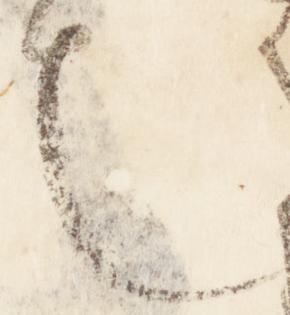
也